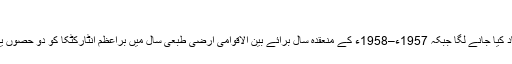
بحیرہ اموندسن میں واقع ایک برفانی تودہ
بیسویں صدی میں اِس خطے کو مغربی انٹارکٹکا کے نام سے یاد کیا جانے لگا جبکہ 1957ء–1958ء کے منعقدہ سال برائے بین الاقوامی ارضی طبعی سال میں براعظم انٹارکٹکا کو دو حصوں یعنی مشرقی انٹارکٹکا اور مغربی انٹارکٹکا میں تقسیم کر دیا گیا۔